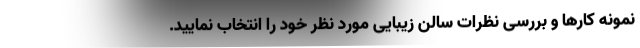
نمونه کارها و بررسی نظرات سالن زیبایی مورد نظر خود را انتخاب نمایید.